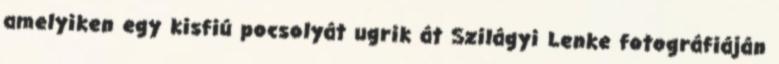
amelyiken egy kisfiú pocsolyát ugrik át Szilágyi Lenke fotográfiáján